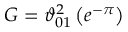
G = \vartheta _ { 0 1 } ^ { 2 } \left( e ^ { - \pi } \right)